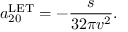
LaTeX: a _ { 2 0 } ^ { \mathrm { L E T } } = - { \frac { s } { 3 2 \pi v ^ { 2 } } } .